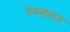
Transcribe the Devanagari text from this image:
रेस्सलर